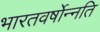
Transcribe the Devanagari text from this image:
भारतवर्षोन्नति